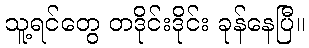
သူ့ရင်တွေ တဒိုင်းဒိုင်း ခုန်နေပြီ။